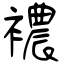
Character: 襛